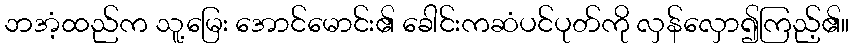
ဘအံ့ထည်က သူ့မြေး အောင်မောင်း၏ ခေါင်းကဆံပင်ပုတ်ကို လှန်လှော၍ကြည့်၏။